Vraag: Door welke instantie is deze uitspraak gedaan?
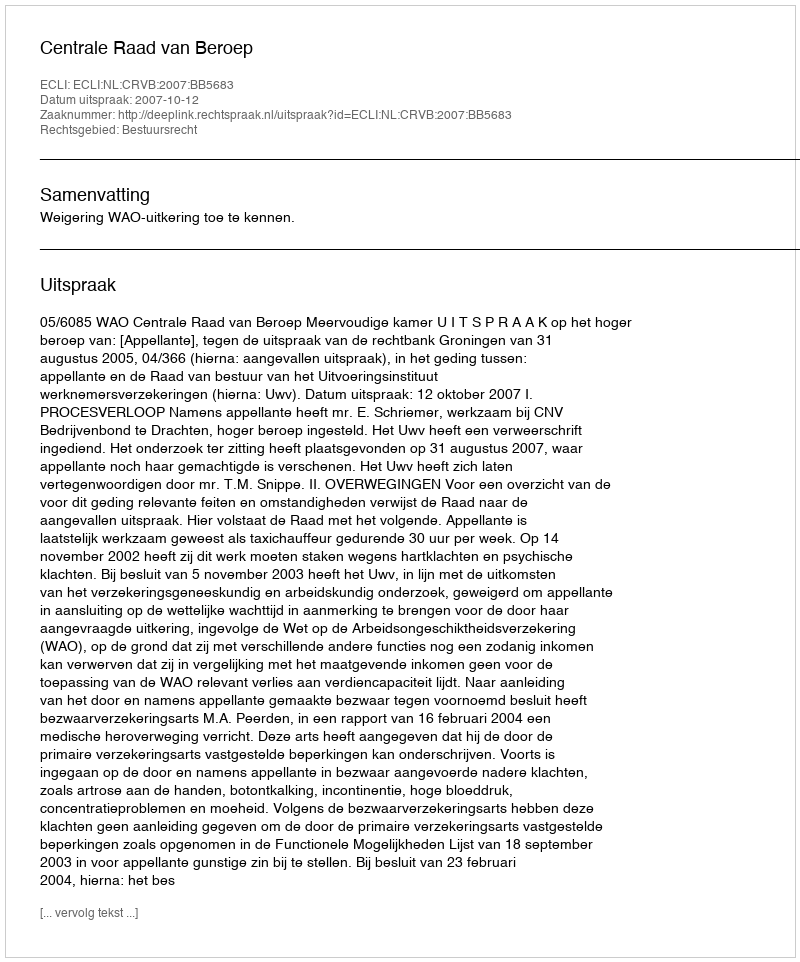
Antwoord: Centrale Raad van Beroep